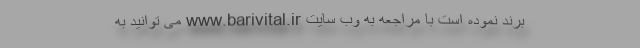
برند نموده است با مراجعه به وب سایت www.barivital.ir می توانید به